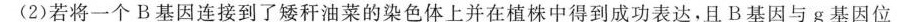
(2)若将一个B基因连接到了矮秆油菜的染色体上并在植株中得到成功表达，且B基因与g基因位